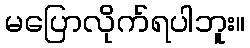
မပြောလိုက်ရပါဘူး။